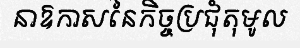
នាឱកាសនៃកិច្ចប្រជុំតុមូល